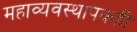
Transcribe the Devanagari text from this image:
महाव्यवस्थापकही